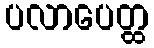
ပလာပေတ္ထ